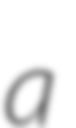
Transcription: a